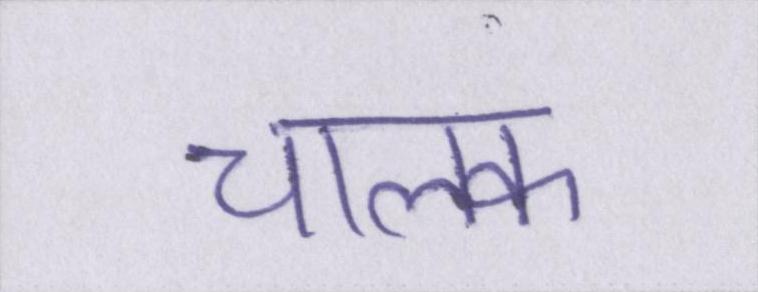
चालक